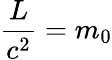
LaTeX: \frac{L}{c^{2}}=m_{0}